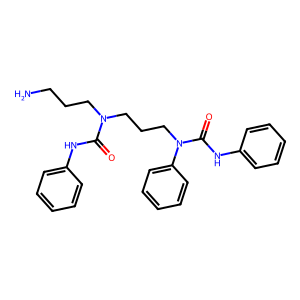
SMILES: NCCCN(CCCN(C(=O)Nc1ccccc1)c1ccccc1)C(=O)Nc1ccccc1
Inhibits HIV replication: No